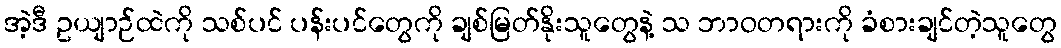
အဲ့ဒီ ဥယျာဉ်ထဲကို သစ်ပင် ပန်းပင်တွေကို ချစ်မြတ်နိုးသူတွေနဲ့ သ ဘာဝတရားကို ခံစားချင်တဲ့သူတွေ